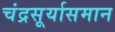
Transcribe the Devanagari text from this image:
चंद्रसूर्यासमान